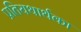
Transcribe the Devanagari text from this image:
प्रतियथार्थका